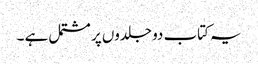
یہ کتاب دو جلدوں پر مشتمل ہے ۔